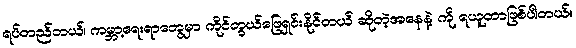
ရပ်တည်တယ်၊ ကမ္ဘာ့ရေးရာတွေမှာ ကိုင်တွယ်ဖြေရှင်းနိုင်တယ် ဆိုတဲ့အနေနဲ့ ကို ရယူတာဖြစ်ပါတယ်။